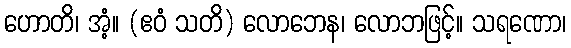
ဟောတိ၊ အံ့။ (ဧဝံ သတိ) လောဘေန၊ လောဘဖြင့်။ သရဏော၊